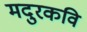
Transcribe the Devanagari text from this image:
मदुरकवि